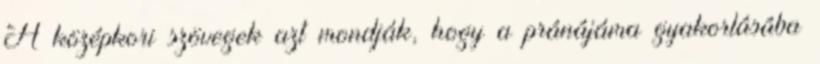
A középkori szövegek azt mondják, hogy a pránájáma gyakorlásába